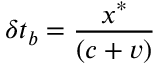
\delta t _ { b } = { \frac { x ^ { \ast } } { \left( c + v \right) } }